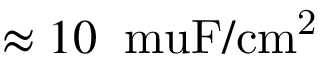
\approx 1 0 \: \mathrm { \ m u F / c m ^ { 2 } }